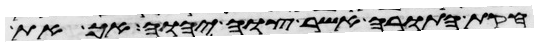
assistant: חקת התורה אשר צוה יהוה אך את